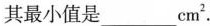
其最小值是________cm^{2}.